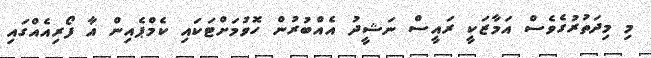
މި މިދަތުރުގެވެސް އަމާޒަކީ ރައީސް ނަޝީދު އެއްބުރުން ހޮވުމަށްޓަކައި ކެމްޕެއިން އާ ފޯރިއެއްގައި